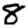
Digit: 8